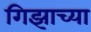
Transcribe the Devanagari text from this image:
गिझाच्या